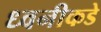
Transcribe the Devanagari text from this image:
ध्वनीकडे